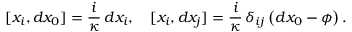
[ x _ { i } , d x _ { 0 } ] = \frac i \kappa \, d x _ { i } , \quad [ x _ { i } , d x _ { j } ] = \frac i \kappa \, \delta _ { i j } \left( d x _ { 0 } - \phi \right) .